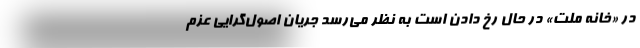
در «خانه ملت» در حال رخ دادن است به نظر می‌رسد جریان اصول‌گرایی عزم